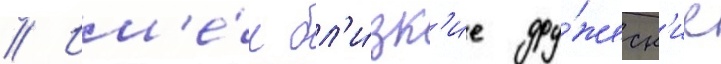
// Им'е́л бл'и́зк'ие дру́жеск'ие